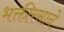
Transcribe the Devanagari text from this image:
भक्तीरसाने